Medical and sanitary report of the native army of Bengal for the year
Year: 1876
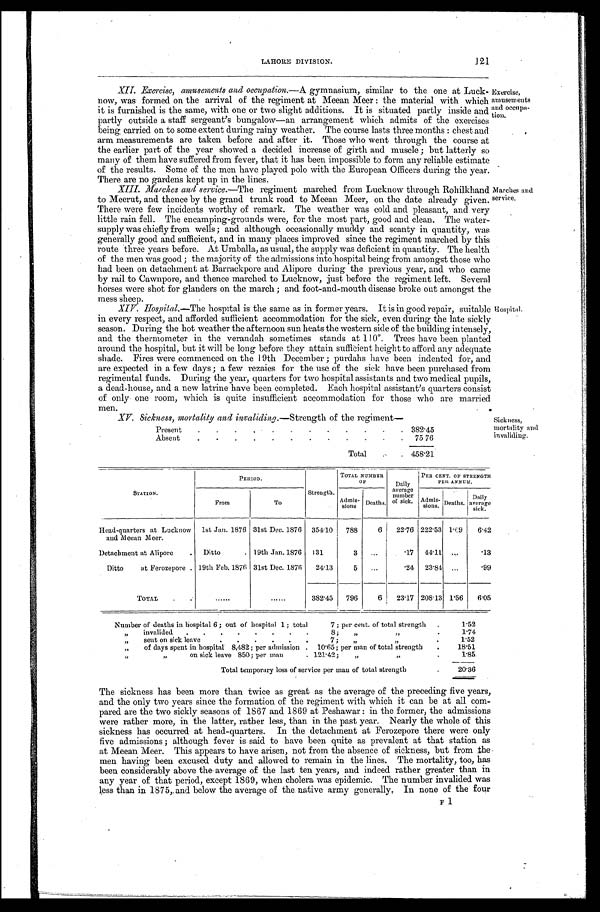
LAHORE DIVISION.
121
XII. Exercise, amusements and occupation.—A gymnasium, similar to the one at Luck-
now, was formed on the arrival of the regiment at Meean Meer: the material with which
it is furnished is the same, with one or two slight additions. It is situated partly inside and
partly outside a staff sergeant's bungalow—an arrangement which admits of the exercises
being. carried on to some extent during rainy weather. The course lasts three months: chest and
arm measurements are taken before and after it. Those who went through the course at
the earlier part of the year showed a decided increase of girth and muscle; but latterly so
many of them have suffered from fever, that it has been impossible to form any reliable estimate
of the results. Some of the men have played polo with the European Officers during the year.
There are no gardens kept up in the lines
.
Exercise, amusements and occupation.
XIII. Marches and service.—The regiment marched from Lucknow through Rohilkhand
to Meerut, and thence by the grand trunk road to Meean Meer, on the date already given
. There were few incidents worthy of remark. The weather was cold and pleasant, and very
little rain fell. The encamping-grounds were, for the most part, good and clean. The water-
supply was chiefly from wells; and although occasionally muddy and scanty in quantity, was
generally good and sufficient, and in many places improved since the regiment marched by this
route three years before. At Umballa, as usual, the supply was deficient in quantity. The health
of the men was good; the majority of the admissions into hospital being from amongst those who
had been on detachment at Barrackpore and Alipore during the previous year, and who came
by rail to Cawnpore, and thence marched to Lucknow, just before the regiment left. Several
horses were shot for glanders on the march; and foot-and-mouth disease broke out amongst the
mess sheep.
Marches and service.
XIV. Hospital.—The hospital is the same as in former years. It is in good repair, suitable
in every respect, and afforded sufficient accommodation for the sick, even during the fate sickly
season. During the hot weather the afternoon sun heats the western side of the building intensely,
and the thermometer in the verandah sometimes stands at 110°. Trees have been planted
around the hospital, but it will be long before they attain sufficient height to afford any adequate
shade. Fires were commenced on the 19th December; purdahs have been indented for, and
are expected in a few days; a few rezaies for the use of the sick have been purchased from
regimental funds. During the year, quarters for two hospital assistants and two medical pupils,
a dead-house, and a new latrine have been completed. Each hospital assistant's quarters consist
of only one room, which is quite insufficient accommodation for those who are married
men.
Hospital.
XV. Sickness, mortality and invaliding.—Strength of the regiment
Present
38245
Absent
75 76
Total
4 5 8 . 2 1
Sickness,
mortality and
invaliding.
STATION.
PERIOD.
TOTAL NUMBER
OF
Daily
average numbe
of sick.
PER CENT. OF STRENGTH
NE It ANNUM.
From
T
Strength. Admis- sions. Deaths.
A
Admis- Deaths. Daily
average sick.
Head-quarters at Lucknow
and Meean Meer.
1st Jan. 1876 31st Dec. 1876 354.10 788
6 22.76 222.53 1.69 6.42
Detachment at Alipore
Ditto
19th Jan. 1876 131
3
.17 41.11
.13
Ditto at Ferozepore. 19th Feb. 1876 31st Dec. 1876 24.13
5
.24 23.84
.99
TOTAL
382.45 796
6 23.17 208.13 1.56 6.05
Number of deaths in hospital 6; out of hospital 1; total
7; per cent. of total strength
1.52
„ invalided
8;
1.74
„ sent on sick leave
. , . . . .
7; ,,
f,
1.52
„ of days spent in hospital 8,482; per admission
10.65; per man of total strength
18.51
„ „ on sick leave 850; per man
121.42 „ „
1.85
Total temporary loss of service per man of total strength
20.36
The sickness has been more than twice as great as the average of the preceding five years,
and the only two years since the formation of the regiment with which it can be at all com-
pared are the two sickly seasons of 1867 and 1869 at Peshawar: in the former, the admissions
were rather more, in the latter, rather less, than in the past year. Nearly the whole of this
sickness has occurred at head-quarters. In the detachment at Ferozepore there were only
five admissions; although fever is said to have been quite as prevalent at that station as
at Meean Meer. This appears to have arisen, not from the absence of sickness, but from the
men having been excused duty and allowed to remain in the lines. The mortality, too, has
been considerably above the average of the last ten years, and indeed rather greater than in
any year of that period, except 1869, when cholera was epidemic. The number invalided was
less than in 1875,, and below the average of the native army generally, In none of the four
F1